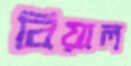
বিয়াল